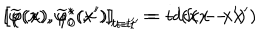
LaTeX: \left[ \varphi ( x ) , \varphi _ { 0 } ^ { * } ( x ^ { \prime } ) \right] _ { t = t ^ { \prime } } = i \delta ( \mathbf { x } - \mathbf { x } ^ { \prime } ) \hspace { 0 . 3 i n } \left[ \widetilde { \varphi } ( x ) , \widetilde { \varphi } _ { 0 } ^ { * } ( x ^ { \prime } ) \right] _ { t = t ^ { \prime } } = - i \delta ( \mathbf { x } - \mathbf { x } ^ { \prime } )